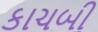
કાચબી